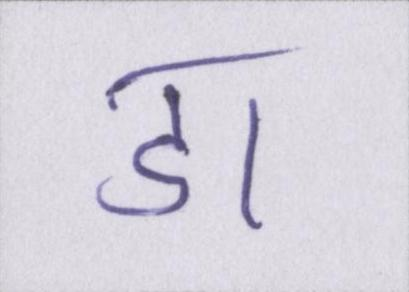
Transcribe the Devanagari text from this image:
डा